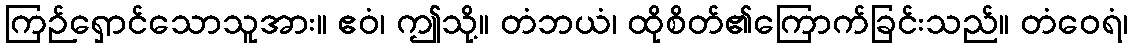
ကြဉ်ရှောင်သောသူအား။ ဧဝံ၊ ဤသို့။ တံဘယံ၊ ထိုစိတ်၏ကြောက်ခြင်းသည်။ တံဝေရံ၊